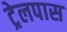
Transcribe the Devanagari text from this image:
ट्रेलपास